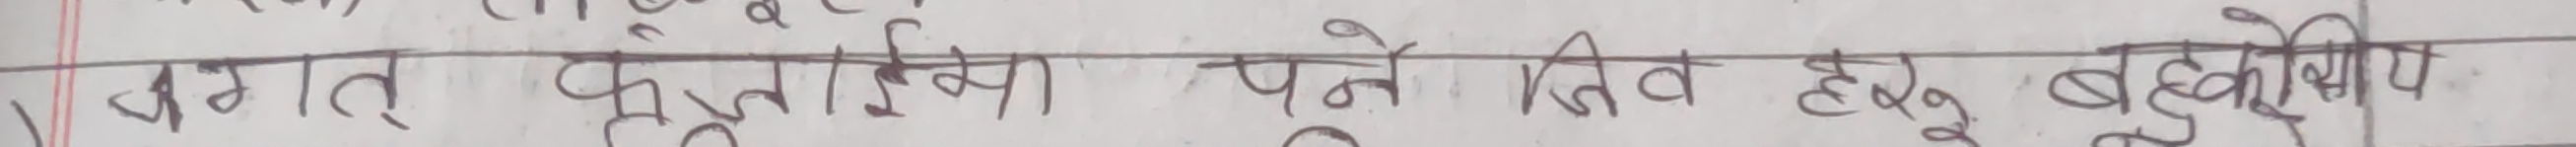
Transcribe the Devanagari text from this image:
। जगत दुनाल (सिवा) पर्ने जिव हरु बहुकोषीय